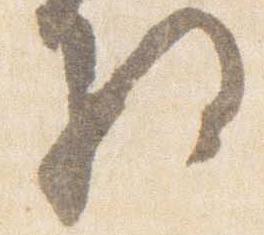
将